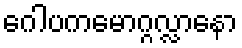
ဂေါပကမောဂ္ဂလ္လာနော